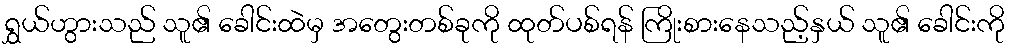
ရွှယ်ဟွားသည် သူ၏ ခေါင်းထဲမှ အတွေးတစ်ခုကို ထုတ်ပစ်ရန် ကြိုးစားနေသည့်နှယ် သူ၏ ခေါင်းကို